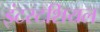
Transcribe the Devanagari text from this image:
इंटस्टशियल